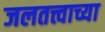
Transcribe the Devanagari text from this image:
जलतत्त्वाच्या